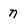
Character: n